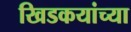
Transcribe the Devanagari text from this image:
खिडकयांच्या